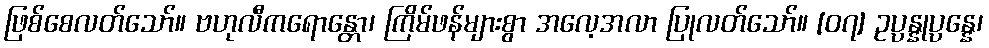
ဖြစ်စေလတ်သော်။ ဗဟုလီကရောန္တော၊ ကြိမ်ဖန်များစွာ အလေ့အလာ ပြုလတ်သော်။ [၀၇] ဥပ္ပန္နုပ္ပန္နေ၊